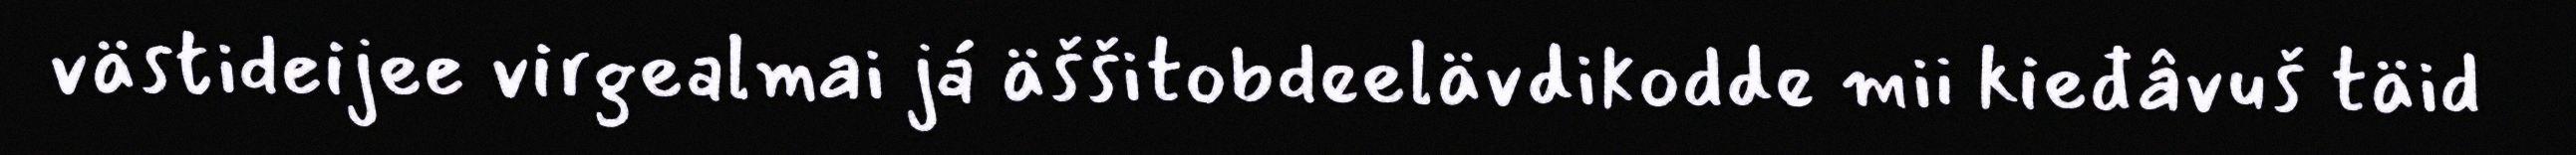
västideijee virgealmai já äššitobdeelävdikodde mii kieđâvuš täid